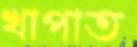
খাপাত